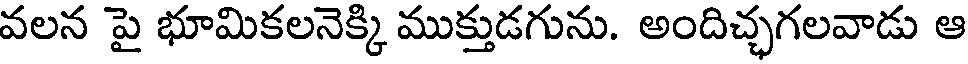
వలన పై భూమికలనెక్కి ముక్తుడగును. అందిచ్చగలవాడు ఆ